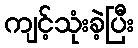
ကျင့်သုံးခဲ့ပြီး